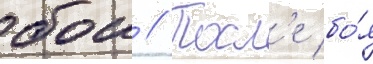
бои // Посл'е бо́я